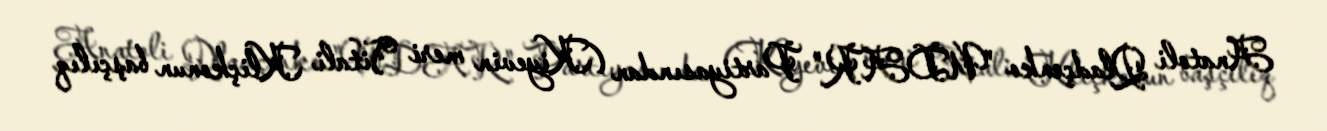
Anatoli Qladçenko "UDAR" Partiyasından (Kiyevin meri Vitali Kliçkonun başçılıq